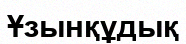
Ұзынқұдық